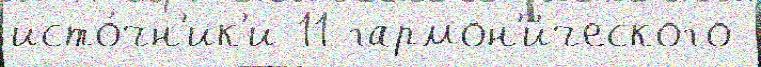
исто́чн'ик'и 11 гармон'и́ческого